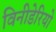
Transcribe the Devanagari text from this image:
विनीडेरियो